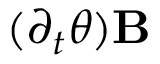
( \partial _ { t } \theta ) \mathbf { B }